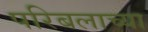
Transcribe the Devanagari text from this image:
परिबलाच्या